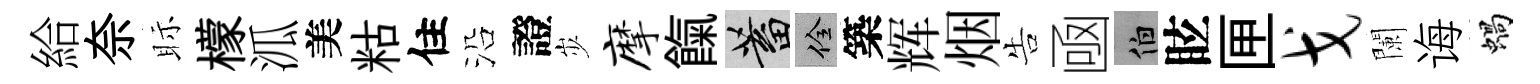
給奈眎檬泒美䊀住沿證𡵯摩餼蓄佺築辉烟告凾伯眩匣戈闌诲蝸